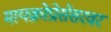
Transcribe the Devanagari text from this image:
मायक्रोप्रोसेसरवर